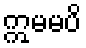
ဣမမပိ